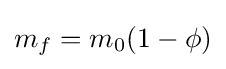
m_{f}=m_{0}(1-\phi )